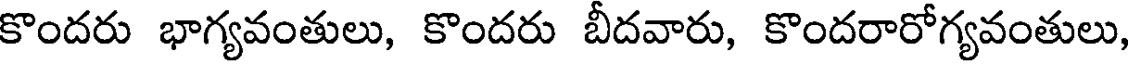
కొందరు భాగ్యవంతులు, కొందరు బీదవారు, కొందరారోగ్యవంతులు,